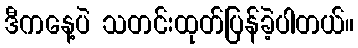
ဒီကနေ့ပဲ သတင်းထုတ်ပြန်ခဲ့ပါတယ်။